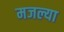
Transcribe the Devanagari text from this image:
मजल्या